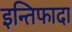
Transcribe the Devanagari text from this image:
इन्तिफादा